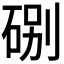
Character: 𥒻